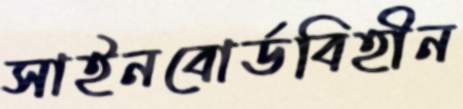
সাইনবোর্ডবিহীন